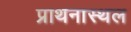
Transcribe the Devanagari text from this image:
प्राथनास्थल